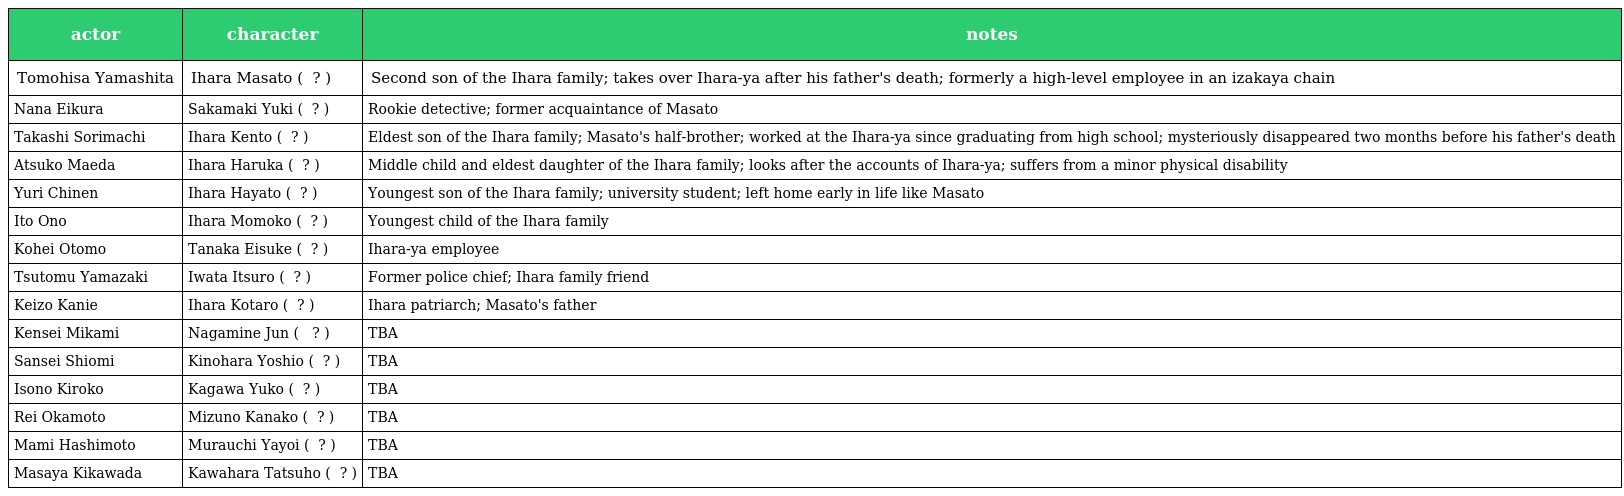
| actor | character | notes |
 | --- | --- | --- |
 | Tomohisa Yamashita | Ihara Masato ( 井原真人 ? ) | Second son of the Ihara family; takes over Ihara-ya after his father's death; formerly a high-level employee in an izakaya chain |
 | Nana Eikura | Sakamaki Yuki ( 坂巻優樹 ? ) | Rookie detective; former acquaintance of Masato |
 | Takashi Sorimachi | Ihara Kento ( 井原健人 ? ) | Eldest son of the Ihara family; Masato's half-brother; worked at the Ihara-ya since graduating from high school; mysteriously disappeared two months before his father's death |
 | Atsuko Maeda | Ihara Haruka ( 井原晴香 ? ) | Middle child and eldest daughter of the Ihara family; looks after the accounts of Ihara-ya; suffers from a minor physical disability |
 | Yuri Chinen | Ihara Hayato ( 井原隼人 ? ) | Youngest son of the Ihara family; university student; left home early in life like Masato |
 | Ito Ono | Ihara Momoko ( 井原桃子 ? ) | Youngest child of the Ihara family |
 | Kohei Otomo | Tanaka Eisuke ( 田中英輔 ? ) | Ihara-ya employee |
 | Tsutomu Yamazaki | Iwata Itsuro ( 岩田逸郎 ? ) | Former police chief; Ihara family friend |
 | Keizo Kanie | Ihara Kotaro ( 井原浩太郎 ? ) | Ihara patriarch; Masato's father |
 | Kensei Mikami | Nagamine Jun ( 長峰 潤 ? ) | TBA |
 | Sansei Shiomi | Kinohara Yoshio ( 木野原義男 ? ) | TBA |
 | Isono Kiroko | Kagawa Yuko ( 香川夕子 ? ) | TBA |
 | Rei Okamoto | Mizuno Kanako ( 水野可南子 ? ) | TBA |
 | Mami Hashimoto | Murauchi Yayoi ( 村内弥生 ? ) | TBA |
 | Masaya Kikawada | Kawahara Tatsuho ( 川原達法 ? ) | TBA |